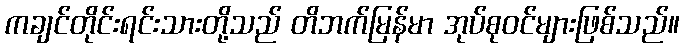
ကချင်တိုင်းရင်းသားတို့သည် တိဘက်မြန်မာ အုပ်စုဝင်များဖြစ်သည်။